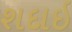
શદાઇ